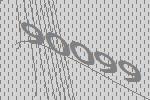
90099